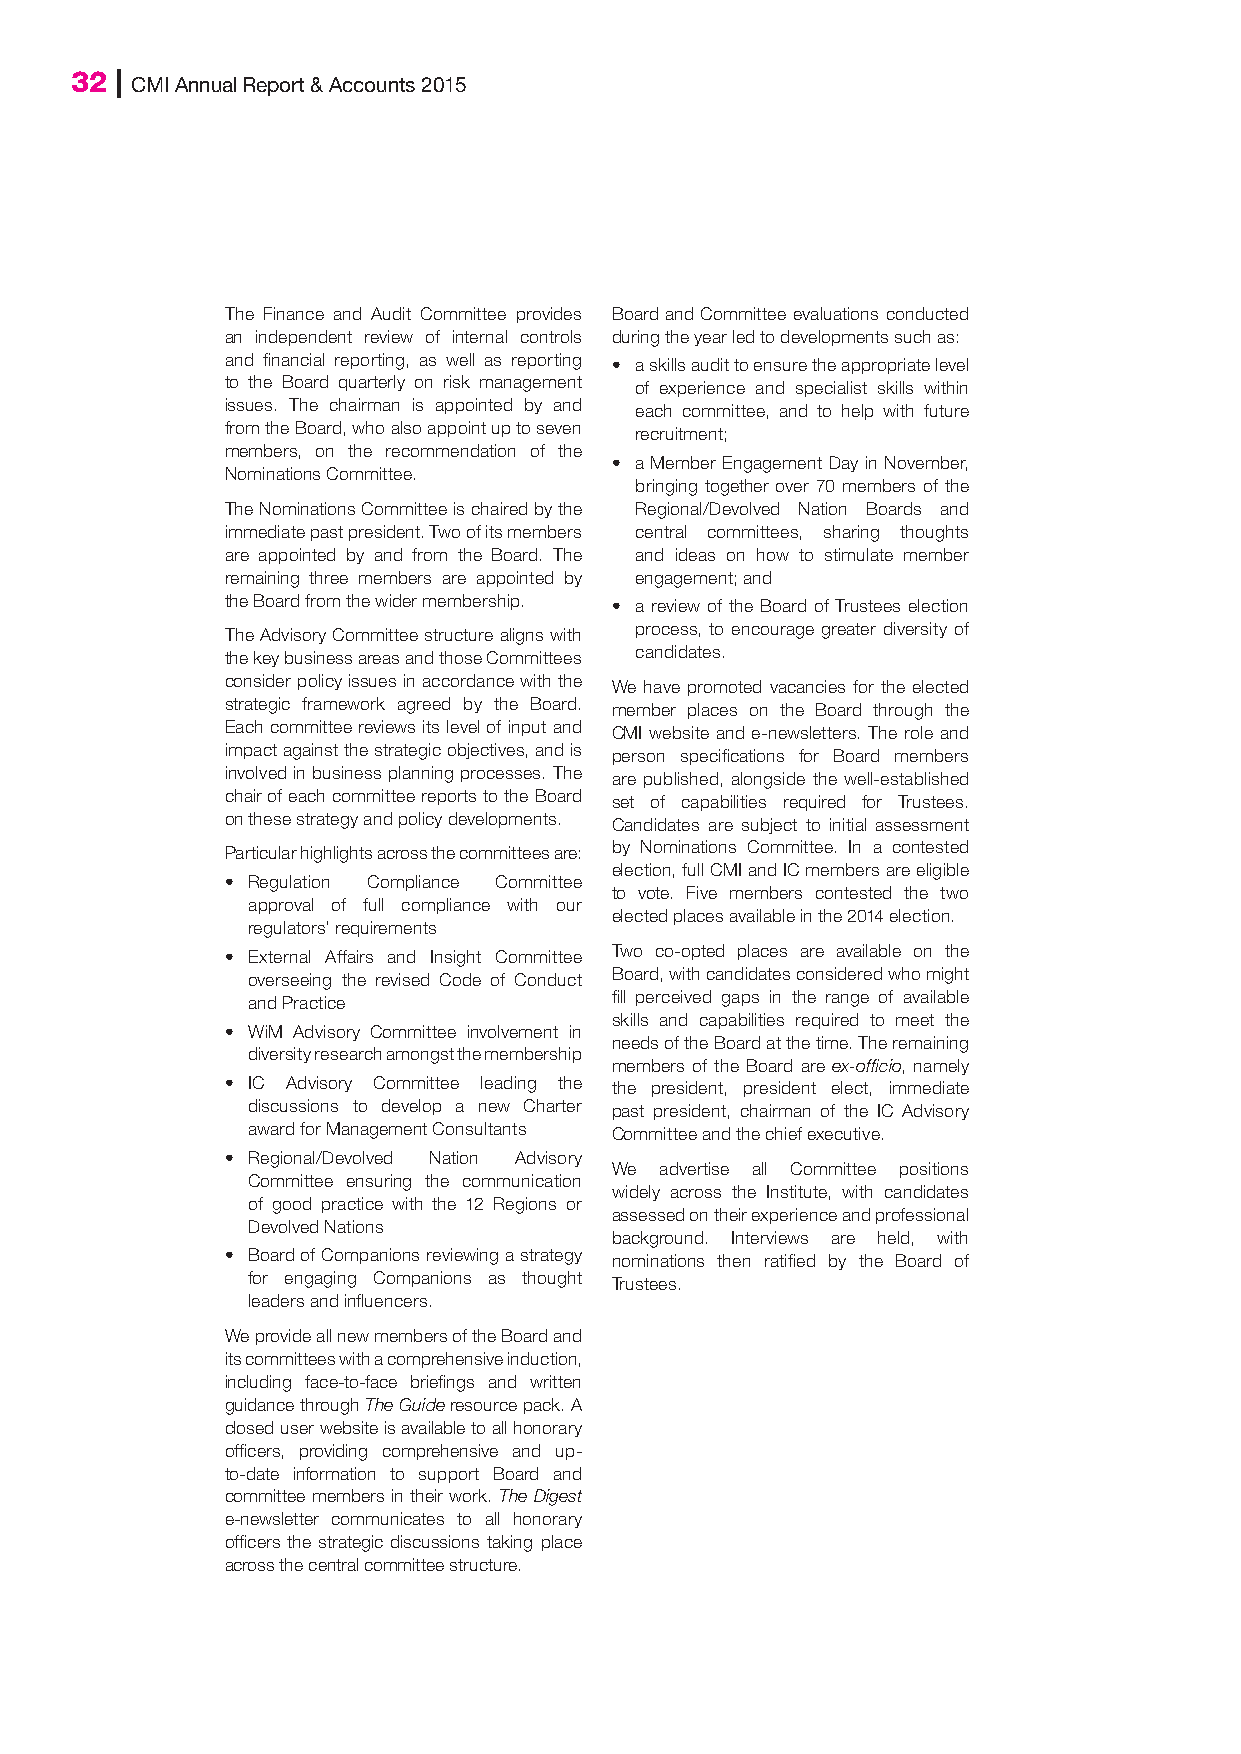
32 | CMI Annual Report & Accounts 2015
 The Finance and Audit Committee provides Board and Committee evaluations conducted
 an independent review of internal controls during the year led to developments such as:
 and financial reporting, as well as reporting • a skills audit to ensure the appropriate level
 to the Board quarterly on risk management of experience and specialist skills within
 issues. The chairman is appointed by and each committee, and to help with future
 from the Board, who also appoint up to seven recruitment;
 members, on the recommendation of the
 • a Member Engagement Day in November,
 Nominations Committee.
 bringing together over 70 members of the
 The Nominations Committee is chaired by the Regional/Devolved Nation Boards and
 immediate past president. Two of its members central committees, sharing thoughts
 are appointed by and from the Board. The and ideas on how to stimulate member
 remaining three members are appointed by engagement; and
 the Board from the wider membership. • a review of the Board of Trustees election
 The Advisory Committee structure aligns with process, to encourage greater diversity of
 the key business areas and those Committees candidates.
 consider policy issues in accordance with the We have promoted vacancies for the elected
 strategic framework agreed by the Board. member places on the Board through the
 Each committee reviews its level of input and CMI website and e-newsletters. The role and
 impact against the strategic objectives, and is person specifications for Board members
 involved in business planning processes. The are published, alongside the well-established
 chair of each committee reports to the Board set of capabilities required for Trustees.
 on these strategy and policy developments. Candidates are subject to initial assessment
 Particular highlights across the committees are: by Nominations Committee. In a contested
 election, full CMI and IC members are eligible
 • Regulation Compliance Committee
 to vote. Five members contested the two
 approval of full compliance with our
 elected places available in the 2014 election.
 regulators’ requirements
 • External Affairs and Insight Committee Two co-opted places are available on the
 overseeing the revised Code of Conduct Board, with candidates considered who might
 and Practice            fill perceived gaps in the range of available
 skills and capabilities required to meet the
 • WiM Advisory Committee involvement in
 needs of the Board at the time. The remaining
 diversity research amongst the membership
 members of the Board are ex-officio, namely
 • IC Advisory Committee leading the the president, president elect, immediate
 discussions to develop a new Charter past president, chairman of the IC Advisory
 award for Management Consultants Committee and the chief executive.
 • Regional/Devolved Nation Advisory
 We  advertise all Committee positions
 Committee ensuring the communication
 widely across the Institute, with candidates
 of good practice with the 12 Regions or
 assessed on their experience and professional
 Devolved Nations
 background. Interviews are held, with
 • Board of Companions reviewing a strategy nominations then ratified by the Board of
 for engaging Companions as thought Trustees.
 leaders and influencers.
 We provide all new members of the Board and
 its committees with a comprehensive induction,
 including face-to-face briefings and written
 guidance through The Guide resource pack. A
 closed user website is available to all honorary
 officers, providing comprehensive and up-
 to-date information to support Board and
 committee members in their work. The Digest
 e-newsletter communicates to all honorary
 officers the strategic discussions taking place
 across the central committee structure.